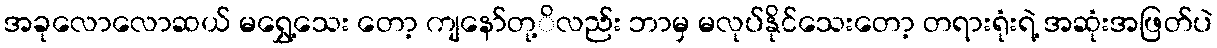
အခုလောလောဆယ် မရွှေ့သေး တော့ ကျနော်တု့ိလည်း ဘာမှ မလုပ်နိုင်သေးတော့ တရားရုံးရဲ့ အဆုံးအဖြတ်ပဲ